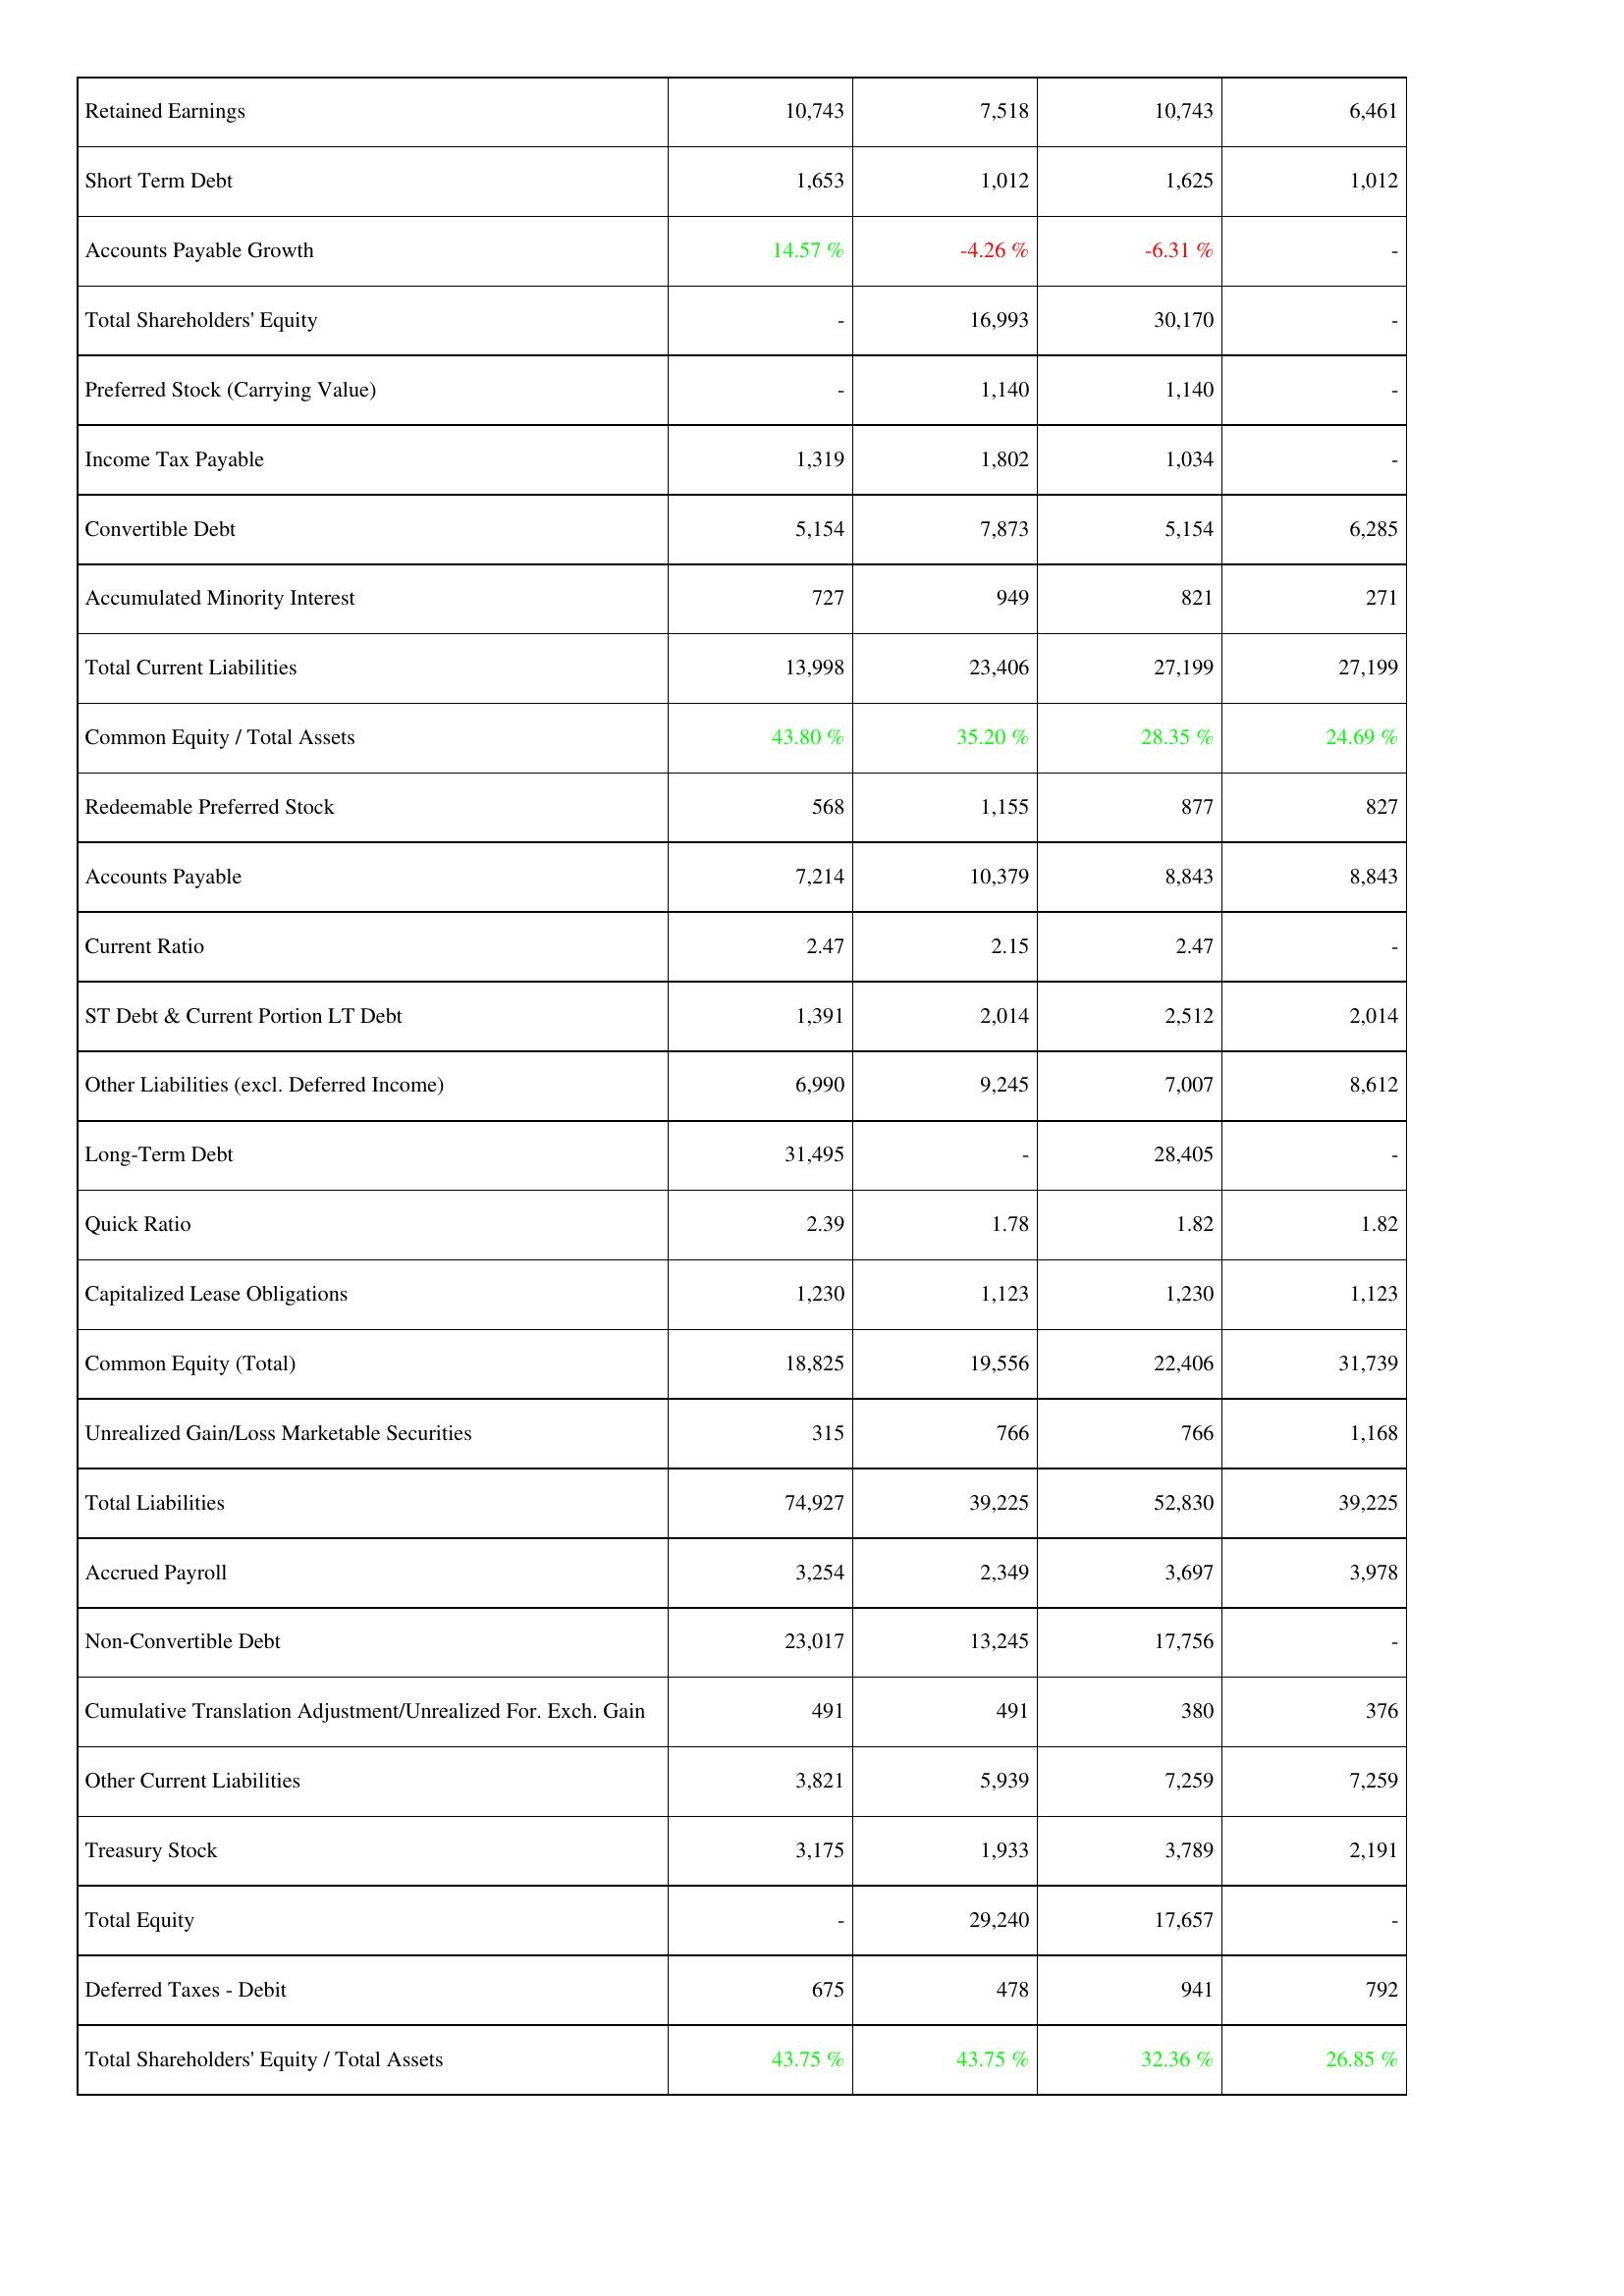
2011: Liabilities & Shareholders' Equity: Retained Earnings: 10,743
Short Term Debt: 1,653
Accounts Payable Growth: 14.57 %
Total Shareholders' Equity: -
Preferred Stock (Carrying Value): -
Income Tax Payable: 1,319
Convertible Debt: 5,154
Accumulated Minority Interest: 727
Total Current Liabilities: 13,998
Common Equity / Total Assets: 43.80 %
Redeemable Preferred Stock: 568
Accounts Payable: 7,214
Current Ratio: 2.47
ST Debt & Current Portion LT Debt: 1,391
Other Liabilities (excl. Deferred Income): 6,990
Long-Term Debt: 31,495
Quick Ratio: 2.39
Capitalized Lease Obligations: 1,230
Common Equity (Total): 18,825
Unrealized Gain/Loss Marketable Securities: 315
Total Liabilities: 74,927
Accrued Payroll: 3,254
Non-Convertible Debt: 23,017
Cumulative Translation Adjustment/Unrealized For. Exch. Gain: 491
Other Current Liabilities: 3,821
Treasury Stock: 3,175
Total Equity: -
Deferred Taxes - Debit: 675
Total Shareholders' Equity / Total Assets: 43.75 %
2012: Liabilities & Shareholders' Equity: Retained Earnings: 7,518
Short Term Debt: 1,012
Accounts Payable Growth: -4.26 %
Total Shareholders' Equity: 16,993
Preferred Stock (Carrying Value): 1,140
Income Tax Payable: 1,802
Convertible Debt: 7,873
Accumulated Minority Interest: 949
Total Current Liabilities: 23,406
Common Equity / Total Assets: 35.20 %
Redeemable Preferred Stock: 1,155
Accounts Payable: 10,379
Current Ratio: 2.15
ST Debt & Current Portion LT Debt: 2,014
Other Liabilities (excl. Deferred Income): 9,245
Long-Term Debt: -
Quick Ratio: 1.78
Capitalized Lease Obligations: 1,123
Common Equity (Total): 19,556
Unrealized Gain/Loss Marketable Securities: 766
Total Liabilities: 39,225
Accrued Payroll: 2,349
Non-Convertible Debt: 13,245
Cumulative Translation Adjustment/Unrealized For. Exch. Gain: 491
Other Current Liabilities: 5,939
Treasury Stock: 1,933
Total Equity: 29,240
Deferred Taxes - Debit: 478
Total Shareholders' Equity / Total Assets: 43.75 %
2013: Liabilities & Shareholders' Equity: Retained Earnings: 10,743
Short Term Debt: 1,625
Accounts Payable Growth: -6.31 %
Total Shareholders' Equity: 30,170
Preferred Stock (Carrying Value): 1,140
Income Tax Payable: 1,034
Convertible Debt: 5,154
Accumulated Minority Interest: 821
Total Current Liabilities: 27,199
Common Equity / Total Assets: 28.35 %
Redeemable Preferred Stock: 877
Accounts Payable: 8,843
Current Ratio: 2.47
ST Debt & Current Portion LT Debt: 2,512
Other Liabilities (excl. Deferred Income): 7,007
Long-Term Debt: 28,405
Quick Ratio: 1.82
Capitalized Lease Obligations: 1,230
Common Equity (Total): 22,406
Unrealized Gain/Loss Marketable Securities: 766
Total Liabilities: 52,830
Accrued Payroll: 3,697
Non-Convertible Debt: 17,756
Cumulative Translation Adjustment/Unrealized For. Exch. Gain: 380
Other Current Liabilities: 7,259
Treasury Stock: 3,789
Total Equity: 17,657
Deferred Taxes - Debit: 941
Total Shareholders' Equity / Total Assets: 32.36 %
2014: Liabilities & Shareholders' Equity: Retained Earnings: 6,461
Short Term Debt: 1,012
Accounts Payable Growth: -
Total Shareholders' Equity: -
Preferred Stock (Carrying Value): -
Income Tax Payable: -
Convertible Debt: 6,285
Accumulated Minority Interest: 271
Total Current Liabilities: 27,199
Common Equity / Total Assets: 24.69 %
Redeemable Preferred Stock: 827
Accounts Payable: 8,843
Current Ratio: -
ST Debt & Current Portion LT Debt: 2,014
Other Liabilities (excl. Deferred Income): 8,612
Long-Term Debt: -
Quick Ratio: 1.82
Capitalized Lease Obligations: 1,123
Common Equity (Total): 31,739
Unrealized Gain/Loss Marketable Securities: 1,168
Total Liabilities: 39,225
Accrued Payroll: 3,978
Non-Convertible Debt: -
Cumulative Translation Adjustment/Unrealized For. Exch. Gain: 376
Other Current Liabilities: 7,259
Treasury Stock: 2,191
Total Equity: -
Deferred Taxes - Debit: 792
Total Shareholders' Equity / Total Assets: 26.85 %